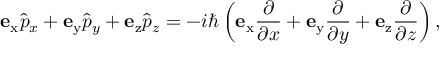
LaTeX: \mathbf { e } _ { \mathrm { x } } { \hat { p } } _ { x } + \mathbf { e } _ { \mathrm { y } } { \hat { p } } _ { y } + \mathbf { e } _ { \mathrm { z } } { \hat { p } } _ { z } = - i \hbar \left( \mathbf { e } _ { \mathrm { x } } { \frac { \partial } { \partial x } } + \mathbf { e } _ { \mathrm { y } } { \frac { \partial } { \partial y } } + \mathbf { e } _ { \mathrm { z } } { \frac { \partial } { \partial z } } \right) ,